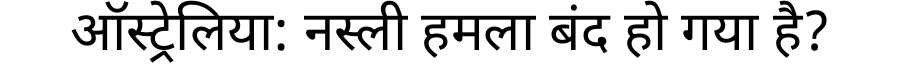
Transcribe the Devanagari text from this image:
ऑस्ट्रेलिया: नस्ली हमला बंद हो गया है?